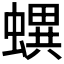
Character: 𧑌